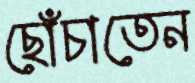
ছোঁচাতেন